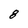
Character: 8